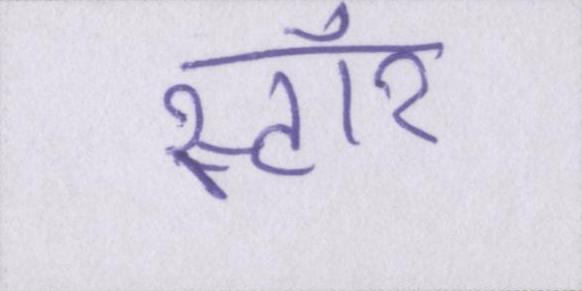
स्टॉर